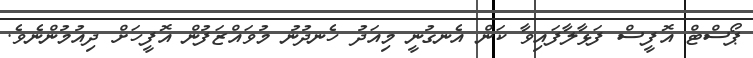
ޕޯސްޓް އޮފީސް ފަޅާލާފައިވާ ކަން އެނގުނީ މިއަދު ހެނދުނު މުވައްޒަފުން އޮފީހަށް ދިއުމުންނެވެ.